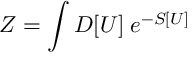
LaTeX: Z = \int { } { \cal D } [ U ] \; e ^ { - S [ U ] }